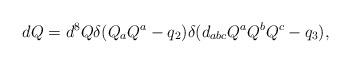
LaTeX: \begin{align*}dQ=d^8Q\delta({Q_aQ^a-q_2})\delta({d_{abc}Q^aQ^bQ^c-q_3}),\end{align*}